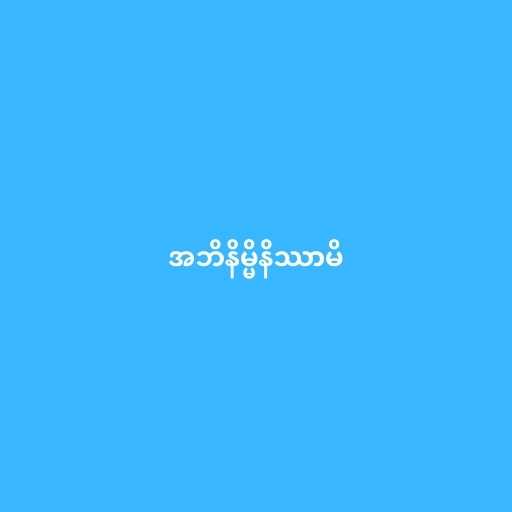
အဘိနိမ္မိနိဿာမိ